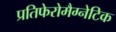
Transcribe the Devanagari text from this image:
प्रतिफेरोमैग्नेटिक